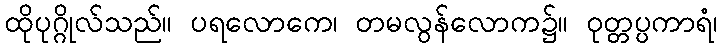
ထိုပုဂ္ဂိုလ်သည်။ ပရလောကေ၊ တမလွန်လောက၌။ ဝုတ္တပ္ပကာရံ၊